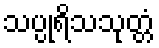
သပ္ပုရိသသုတ္တံ